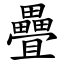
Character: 疊